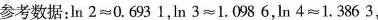
参考数据：$$\ln 2\approx 0.6931$$，$$\ln 3\approx 1.0986$$，$$\ln 4\approx 1.3863$$，